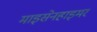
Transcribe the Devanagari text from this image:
माइसेनहाइमर